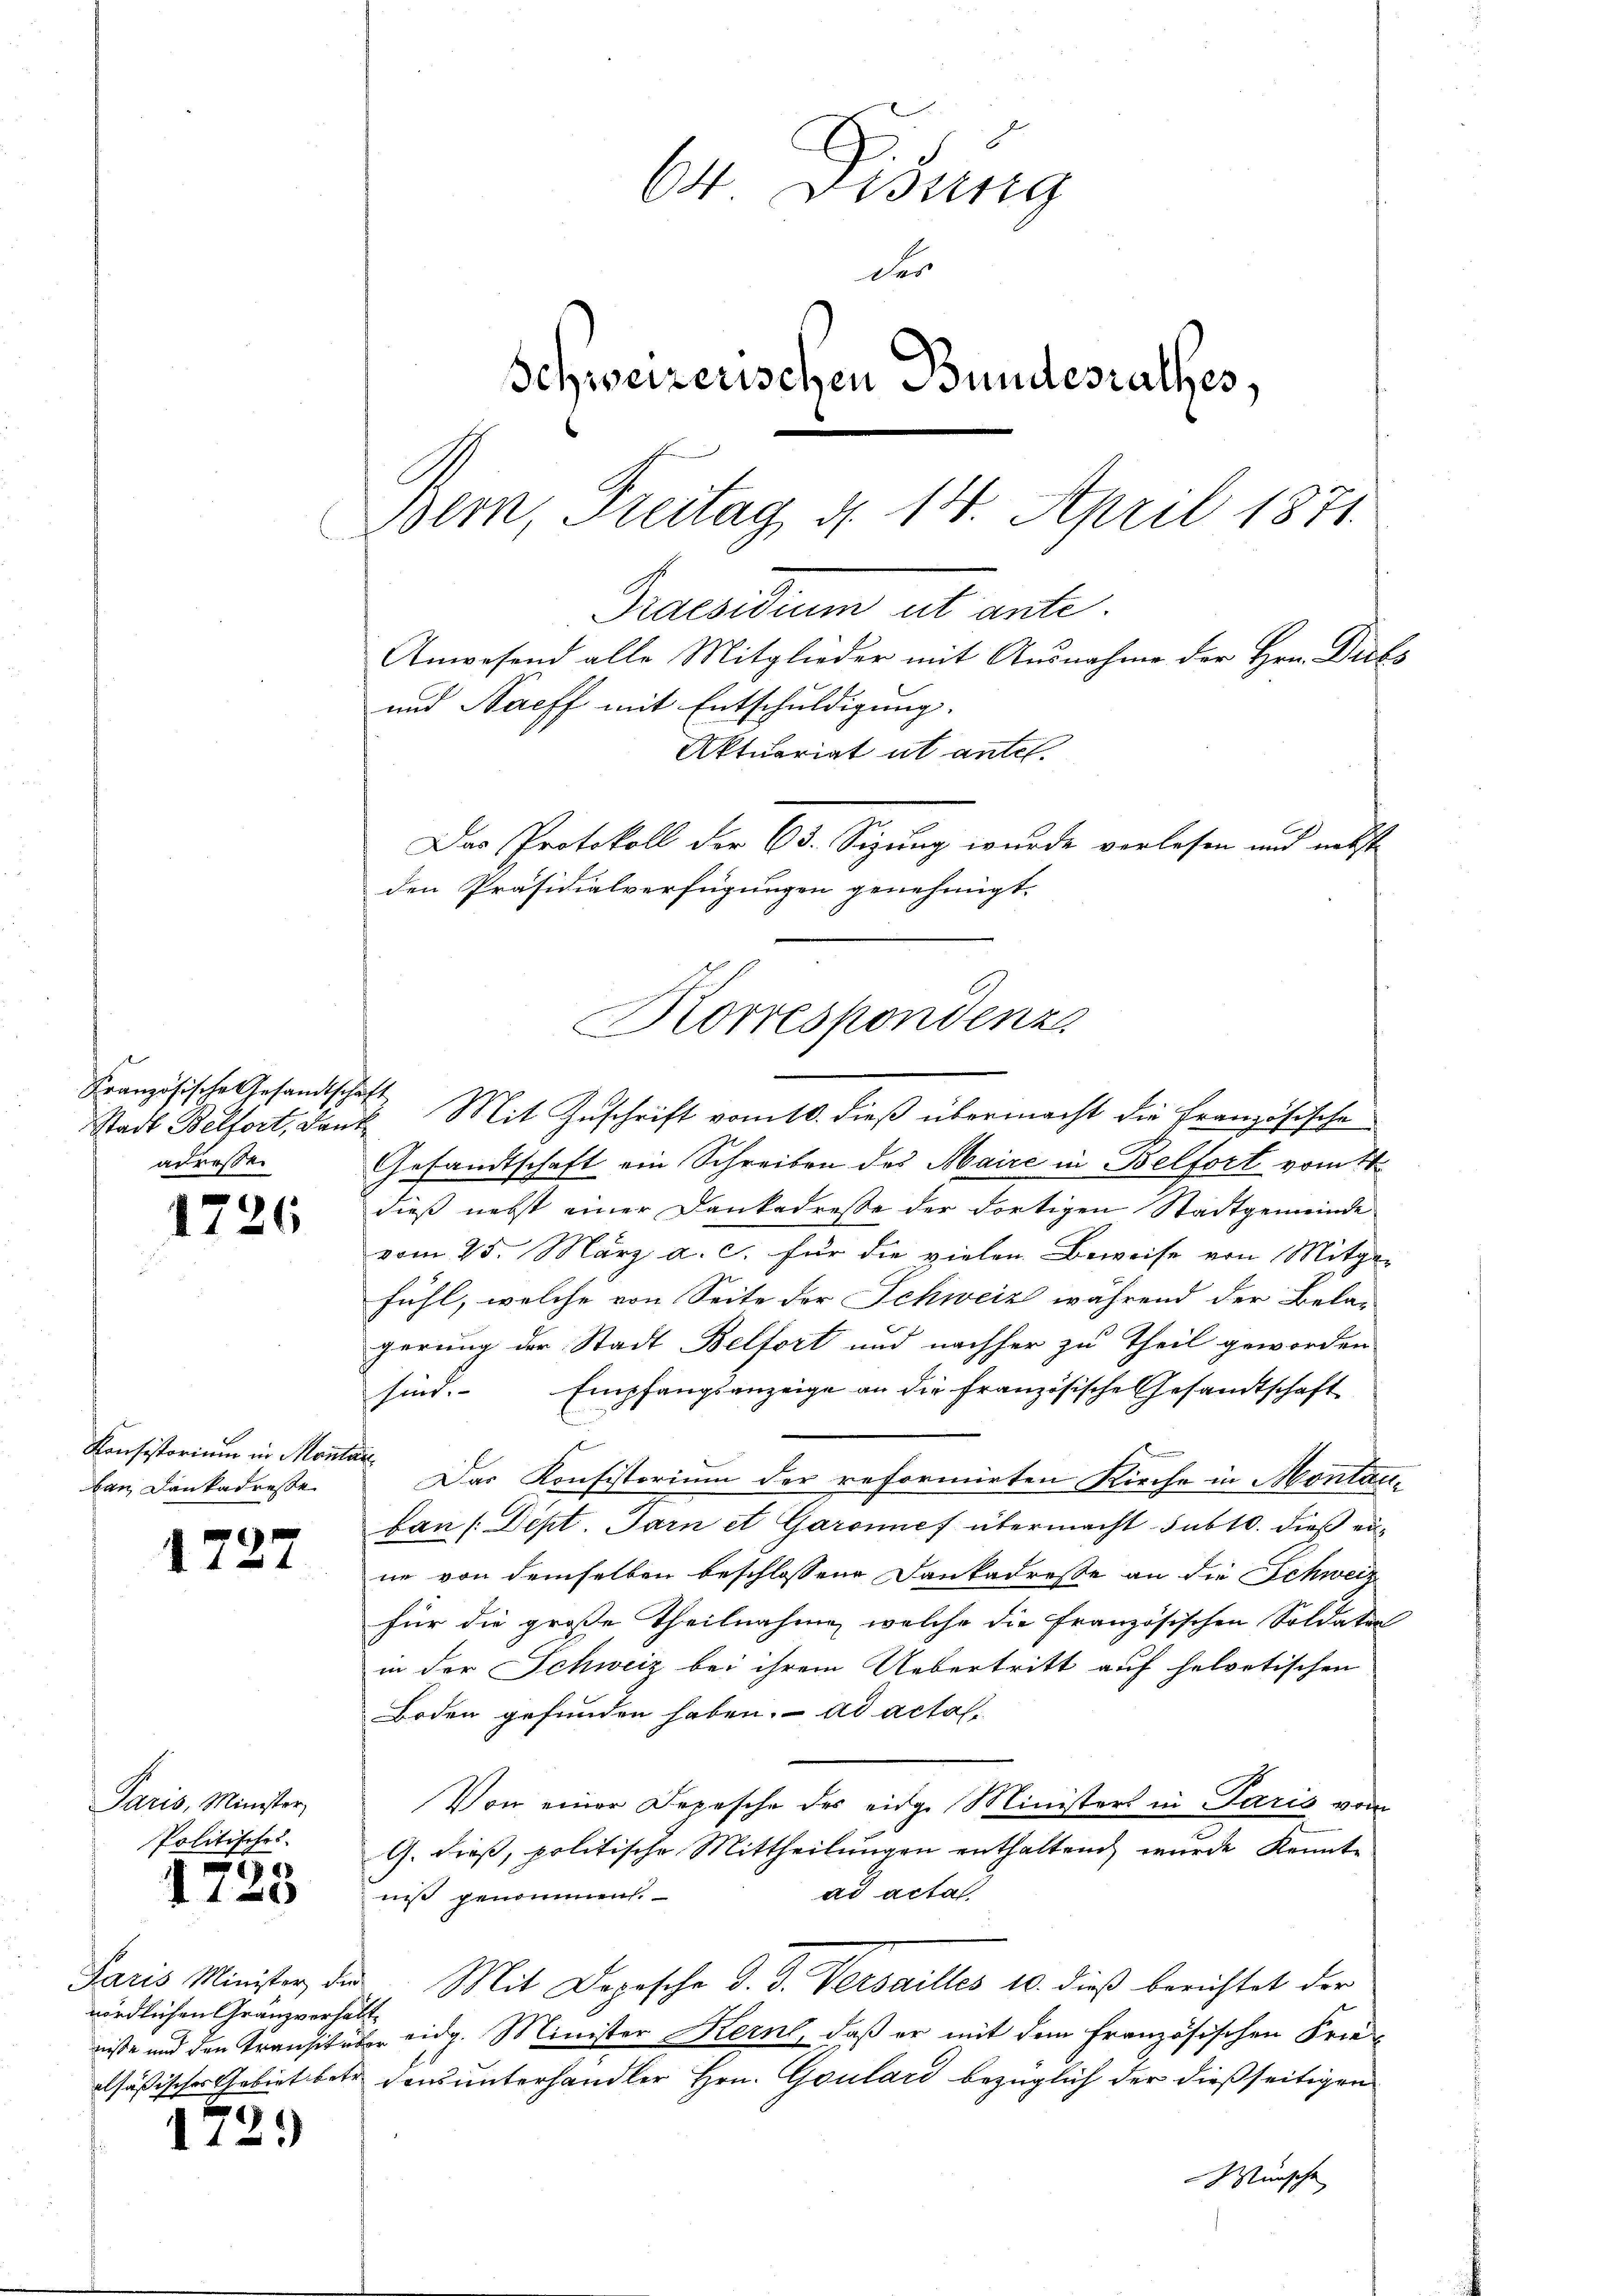
Französische Gesandtschaft
adressen

e
1126

Konsistorium in Monta
ban Dankadresse

1727

Paris, Minister
Politisches

1728

nördlichen Granzverhält
alsässisches Gebiet betr.
t

12.)

b Disung
der
Schweizerischen Bundesrathes,
Bern, Freitag, d. 14. April 1871
Praesiduum ab ante.
Anwesend alle Mitglieder mit Ausnahme der Hrn. Dies
und Naeff mit Entschuldigung.
Aktuariat ut antel.
Das Protokoll der 63. Sizung wurde verlesen und nebst
den Präsidialverfügungen genehmigt.

Korreshondenz.

d
Stadt Belfort, dank. Mit Zuschrift vom 10. dieß übermacht die Französische
Gesandtschaft ein Schreiben des Maire in Belfort vom 14.
dieß nebst einer Dankadresse der Fortigen Stadtgemeinde
vom 25. März a. c. für die vielen Beweise von Mitgefühl, welche von Seite der Schweiz während der Bela-
gerung der Stadt Belfort und nachher zu Theil geworden
sind. Empfangsanzeige an die französische Gesandtschaft
e
i
Das Konsistorium der reformirten Kirche in Montan-
ban (Dept. Garn et Garonnef übermacht subto. dieß eine von demselben beschlossene Dankadresse an die Schweiz
für die große Theilnahme, welche die französischen Soldaten
in der Schweiz bei ihrem Uebertritt auf helvetischen
Boden gefunden haben. ad actal-
Von einer Depesche des eidge Ministers in Paris vom
G. dieß, politische Mittheilungen enthaltend, wurde konnte
ad actat.
niss genommen.
Paris Minister der Mit Dopische d. d. Versailles 10. dieß berichtet der
nisse und den Transitüber eidg. Minister Kern, daß er mit dem französischen Frie-
dens unterhandler Hrn. Goulard bezüglich der dießseitigen
Wünsche